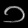
Digit: ၁